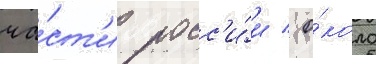
ча́ст'и росс'и́и / о́коло